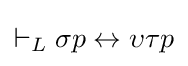
\vdash _{L}\sigma p\leftrightarrow \upsilon \tau p